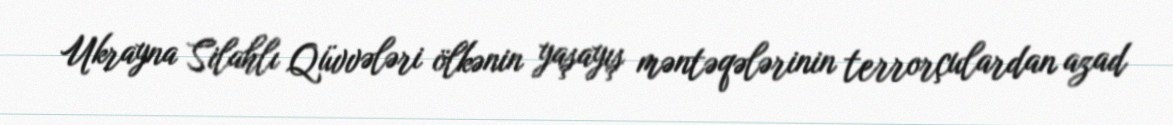
Ukrayna Silahlı Qüvvələri ölkənin yaşayış məntəqələrinin terrorçulardan azad